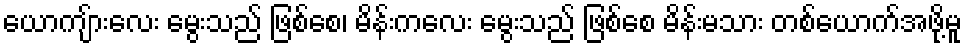
ယောကျ်ားလေး မွေးသည် ဖြစ်စေ၊ မိန်းကလေး မွေးသည် ဖြစ်စေ မိန်းမသား တစ်ယောက်အဖို့မူ